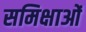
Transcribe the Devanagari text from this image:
समिक्षाओं